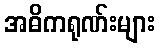
အဓိကရုဏ်းများ